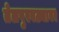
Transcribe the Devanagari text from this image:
तेलपुरवठ्यावर